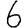
Digit: 6